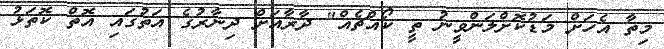
މިތާ އެހަށް މަޑުކޮށްލަންވީނު ތީ ކޯއްޗެއް" ދާރާއަށް ދިނާރުގެ އަތުގައި އޮތް ކޮތަޅު